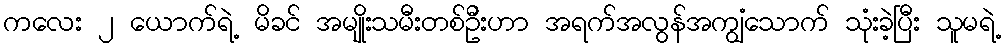
ကလေး ၂ ယောက်ရဲ့ မိခင် အမျိုးသမီးတစ်ဦးဟာ အရက်အလွန်အကျွံသောက် သုံးခဲ့ပြီး သူမရဲ့